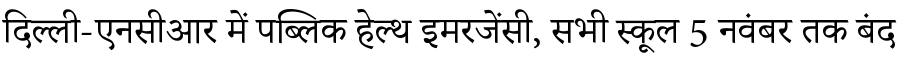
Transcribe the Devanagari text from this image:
दिल्ली-एनसीआर में पब्लिक हेल्थ इमरजेंसी, सभी स्कूल 5 नवंबर तक बंद